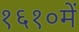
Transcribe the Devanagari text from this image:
१६१०में